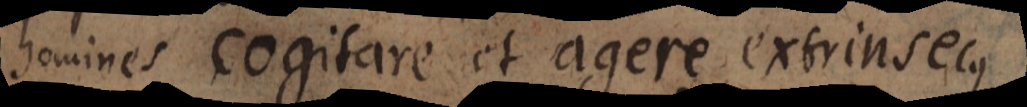
homines cogitare et agere extrinsecus.